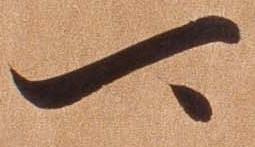
可